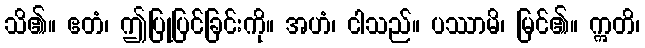
သိ၏။ ဧတံ၊ ဤပြုပြင်ခြင်းကို။ အဟံ၊ ငါသည်။ ပဿာမိ၊ မြင်၏။ ဣတိ၊